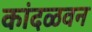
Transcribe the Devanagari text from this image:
कांदळवन